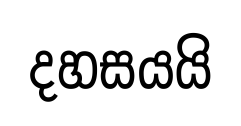
දහසයයි